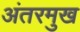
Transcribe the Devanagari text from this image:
अंतरमुख